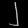
Digit: ၂